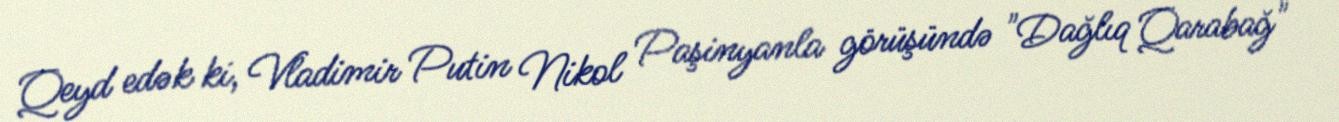
Qeyd edək ki, Vladimir Putin Nikol Paşinyanla görüşündə "Dağlıq Qarabağ"